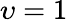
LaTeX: \upsilon=1